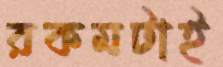
রকমটাই